Report on vaccination North-West Frontier Province 1904-1922 - 1904-1922
Year: 1904
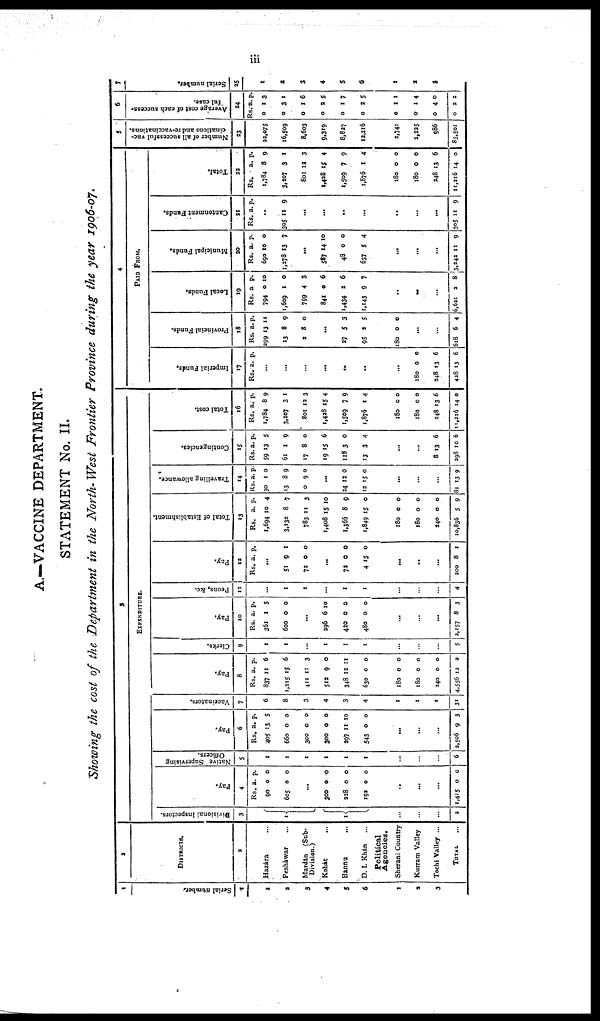
iii
A.—VACCINE DEPARTMENT.
STATEMENT No. II.
Showing the cost of the Department in the North- West Frontier Province during the year 1906-07.
1
Serial number.
1
1
2
3
4
5
6
1
2
3
2
DISTRICTS.
2
Hazára ...
Pesháwar ...
Mardan (Sub-
Division.)
Kohát ...
Bannu ...
D. I. Khán
...
Political
Agencies.
Sherani Country
Kurram Valley
Tochi Valley ...
TOTAL ...
3
EXPENDITURE.
Divisional Inspectors.
3
1
1
...
...
...
2
Pay.
4
Rs.
90
605
a.
0
0
p.
0
0
...
300
228
192
0
0
0
0
0
0
..
...
...
1,415 0 0
Native Supervising
Officers.
5
1
1
1
1
1
1
...
...
...
6
Pay.
6
Rs.
405
660
300
300
297
543
a.
13
0
0
0
11
0
p.
5
0
0
0
10
0
...
...
...
2,506 9 3
Vaccinators.
7
6
8
3
4
3
4
1
1
1
31
Pay.
8
Rs.
837
1,215
411
512
348
630
180
180
240
4,556
a.
11
15
11
9
12
0
0
0
0
12
p.
6
6
3
0
11
0
0
0
0
2
Clerks.
9
1
1
...
1
1
1
...
...
...
5
Pay.
10
Rs.
361
600
a.
1
0
p.
5
0
...
296
420
480
6
0
0
10
0
0
...
...
...
2,157 8 3
Peons, &c.
11
...
1
1
...
1
1
...
...
...
4
Pay.
12
Rs. a. p.
...
51
72
9
0
1
0
...
72
4
0
15
0
0
...
..
...
200 8 1
Total of Establishment.
13
Rs.
1,694
3,132
783
1,408
1,366
1,849
180
180
240
10,836
a.
10
8
11
15
8
15
0
0
0
5
p.
4
7
3
10
9
0
0
0
0
9
Travelling allowance.
14
Rs.
30
13
0
a.
1
8
9
p.
0
9
0
...
24
12
12
15
0
0
...
...
...
81 13 9
Contingencies.
15
Rs.
59
61
17
19
118
13
a.
13
1
8
15
3
3
p.
5
9
0
6
0
4
...
...
8
298
13
10
6
6
Total cost.
16
Rs.
1,784
3,207
801
1,428
1,509
1,876
180
180
248
11,216
a.
8
3
12
15
7
1
0
0
13
14
p.
9
1
3
4
9
4
0
0
6
0
4
PAID FROM.
Imperial Funds.
17
Rs. a. p.
...
...
...
...
..
...
...
180
248
428
0
13
13
0
6
6
Provincial Funds.
18
Rs.
299
13
2
a.
13
8
8
p.
11
9
0
...
27
95
180
5
2
0
3
5
0
...
...
618 6 4
Local Funds.
19
Rs.
794
1,609
799
841
1,434
1,143
a.
0
1
4
0
2
9
p.
10
0
3
6
6
7
...
...
...
6,621 2 8
Municipal Funds.
20
Rs.
690
1,278
a.
10
13
p.
0
7
...
587
48
637
14
0
5
10
0
4
...
...
...
3,242 11 9
Cantonment Funds.
21
Rs. a. p.
..
305 11 9
...
...
..
...
..
...
...
305 11 9
Total.
22
Rs.
1,784
3,207
801
1,428
1,509
1,876
180
180
248
11,216
a.
8
3
12
15
7
1
0
0
13
14
p.
9
1
3
4
9
4
0
0
6
0
5
Number of all successful vac-
cinations and re-vaccinations.
23
22,075
16,509
8,603
9,319
8,827
12,216
2,741
2,225
986
83,501
6
Average cost of each success-
ful case.
24
Rs.
0
0
0
0
0
0
0
0
0
0
a.
1
3
1
2
1
2
1
1
4
2
p.
3
1
6
5
7
5
1
4
0
2
7
Serial number.
25
1
2
3
4
5
6
1
2
3